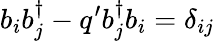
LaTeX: b_{i}b_{j}^{\dagger}-q^{\prime}b_{j}^{\dagger}b_{i}=\delta_{ij}